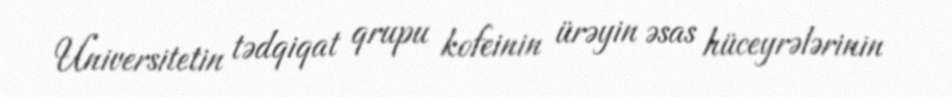
Universitetin tədqiqat qrupu kofeinin ürəyin əsas hüceyrələrinin